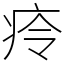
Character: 㾉